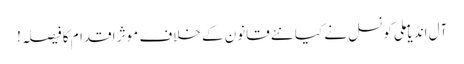
آل انڈیا ملی کونسل نے کیا نئے قانون کے خلاف موثر اقدام کا فیصلہ!